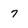
Character: 7